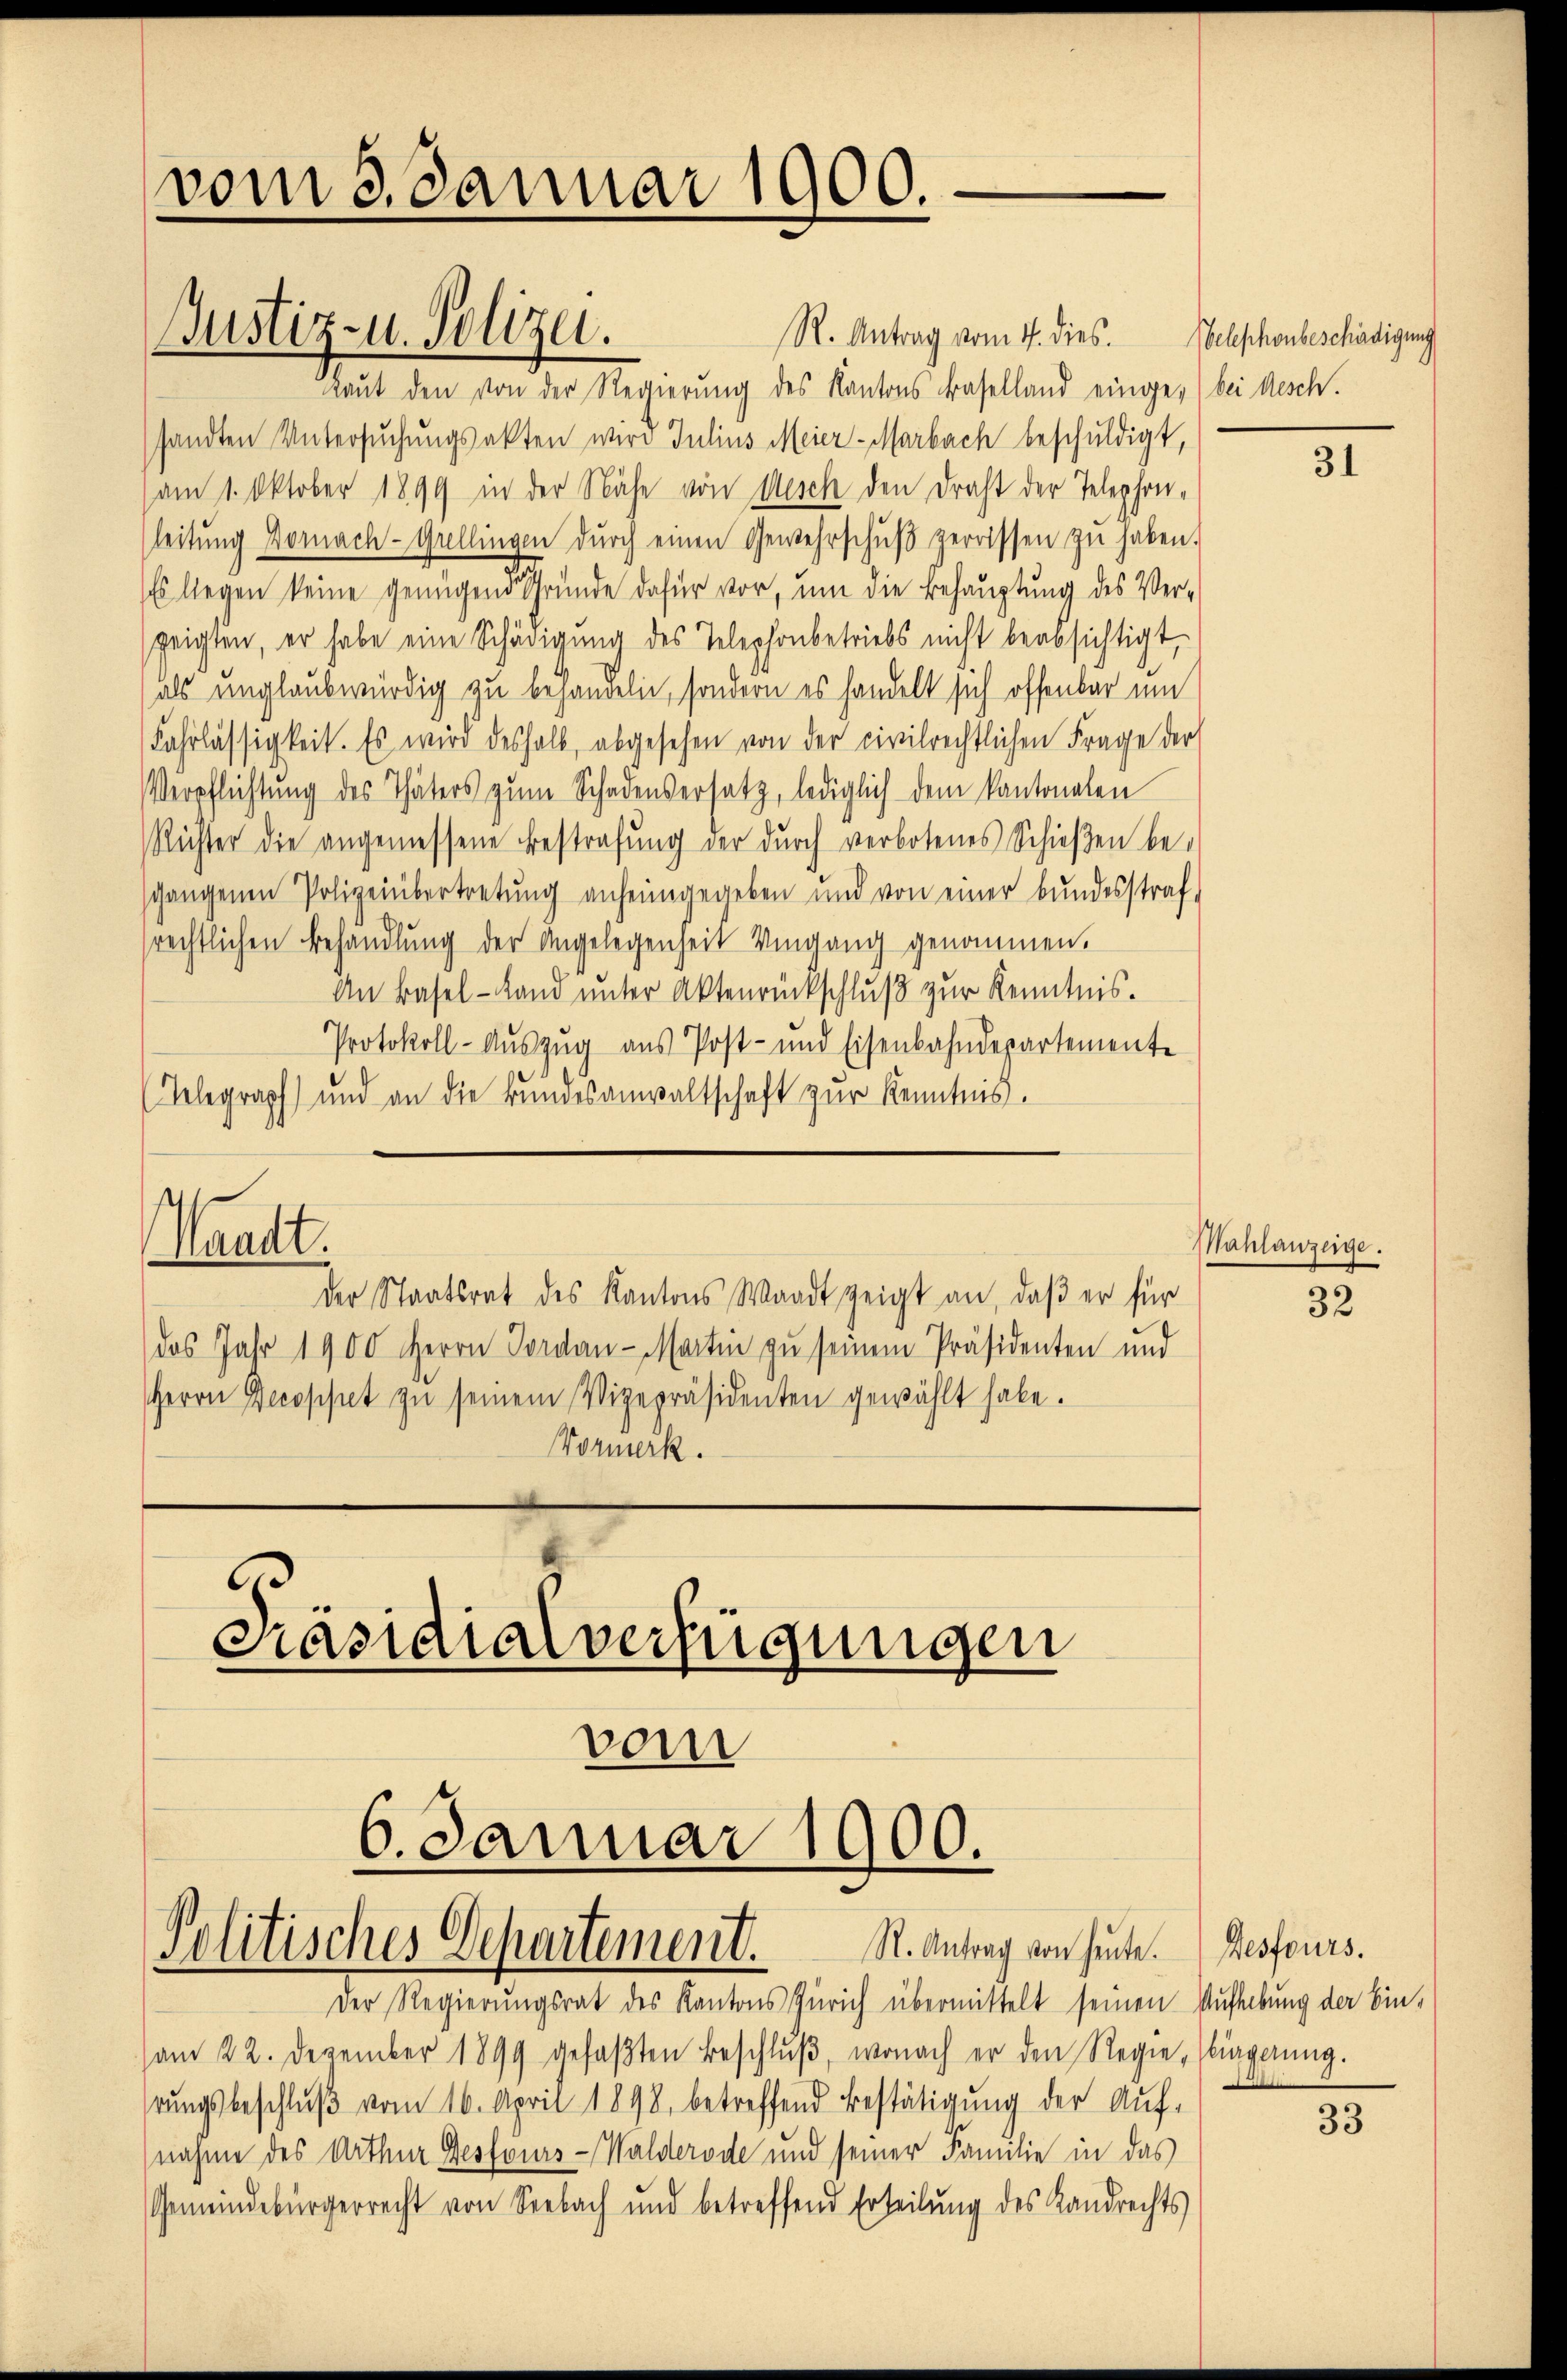
R. Antrag vom 4. dies. elephonbeschädigung
Laut den von der Regierung des Kantons Baselland einge bei Nesch.
sandten Untersŭchŭngsakten wird Julius Meier-Marbach beschuldigt,
am 1. Oktober 1899 in der Nähe von Aesch den Draht der Telephon-
(leitŭng Dornach-Grellingen dŭrch einen Gewehrschŭβ zerrissen zŭ haben.
Es liegen keine genügend Gründe dafür vor, um die Behauptung des Verzeigten, er habe eine Schädigung des Telephonbetriebs nicht beabsichtigt,
als unglaubwürdig zu behandeln, sondern es handelt sich offenbar um
Fahrlässigkeit. Es wird deshalb, abgesehen von der civilrechtlichen Frage der
Verpflichtung des Thäters zŭm Schadensersatz, lediglich dem Kantonalen
Richter die angemessene Bestrafung der durch verbotenes Schieβen be-
schangenen Polizeiübertretung anheimgegeben und von einer bundesstraf
rechtlichen Behandlung der Angelegenheit Umgang genommen.
An Basel-Land unter Aktenrückschluß zur Kenntnis.
Protokoll-Auszug aus Post- und Eisenbahndepartemente
(Telegraph) und an die Bundesanwaltschaft zur Kenntnis.

vom 3. Januar 1900.

Justiz- u. Polizei.

Waadt.

vom

der Staatsrat des Kantons Waadt zeigt an, daß er für
das Jahr 1900 Herrn Jordan-Martin zu seinem Präsidenten und
Herrn Decoppet zŭ seinem Vizepräsidenten gewählt habe.
Wormerk.

Präsidialverfügungen

6. Januar 1900.
Politisches Departement. S. Antrag von heute. Desfours.

Der Regierŭngsrat des Kantons Zürich übermittelt seinen Aufhebung der Ein-
am 22. Dezember 1899 gefaβten Beschlŭβ, wonach er den Regie (liegerŭng.
rŭngsbeschlŭβ vom 16. April 1898 betreffend Bestätigung der Auf-
nahme des Arthur Gesfours-Walderode und seiner Familie in das
Gemeindebürgerrecht von Seebach und betreffend Erteilŭng des Landrechts

31

Mahlanzeige.

32

33